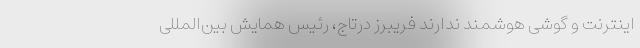
اینترنت و گوشی هوشمند ندارند فریبرز درتاج، رئیس همایش بین‌المللی